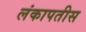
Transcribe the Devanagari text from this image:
लंकापतीस